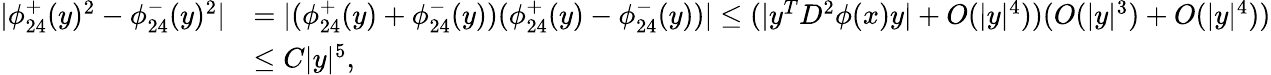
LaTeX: \begin{array}{rl}{|\phi_{24}^{+}(y)^{2}-\phi_{24}^{-}(y)^{2}|}&{=|(\phi_{24}^{+}(y)+\phi_{24}^{-}(y))(\phi_{24}^{+}(y)-\phi_{24}^{-}(y))|\leq(|y^{T}D^{2}\phi(x)y|+O(|y|^{4}))(O(|y|^{3})+O(|y|^{4}))}\\ &{\leq C|y|^{5},}\end{array}